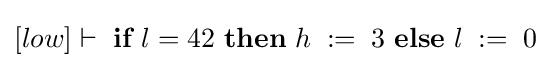
[low]\vdash \ {\textbf {if}}\ l=42\ {\textbf {then}}\ h\;:=\;3\ {\textbf {else}}\ l\;:=\;0